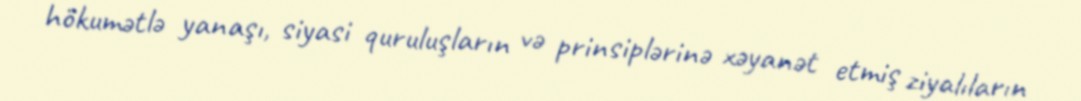
hökumətlə yanaşı, siyasi quruluşların və prinsiplərinə xəyanət etmiş ziyalıların